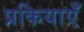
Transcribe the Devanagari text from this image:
प्रकियाएँ